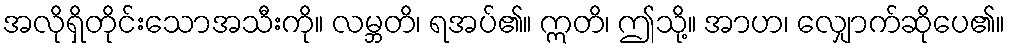
အလိုရှိတိုင်းသောအသီးကို။ လမ္ဘတိ၊ ရအပ်၏။ ဣတိ၊ ဤသို့။ အာဟ၊ လျှောက်ဆိုပေ၏။